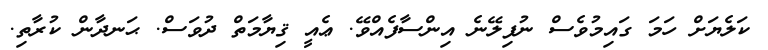
ކަލެޔަށް ހަމަ ގައިމުވެސް ނުފިލޭނެ އިންސާފެއްވޭ. ޢެއީ ޤިޔާމަތް ދުވަސް. ޙަނދާން ކުރާތި.